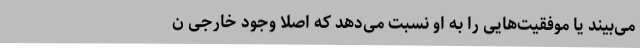
می‌بیند یا موفقیت‌هایی را به او نسبت می‌دهد که اصلاً وجود خارجی ن